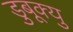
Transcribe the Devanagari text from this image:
डुबूक्यु